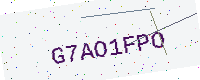
Text: G7AO1FPO